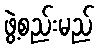
ဖွဲ့စည်းမည်